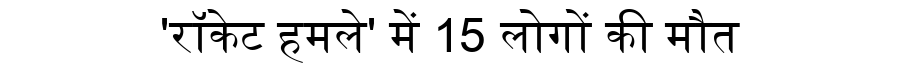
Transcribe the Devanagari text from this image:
'रॉकेट हमले' में 15 लोगों की मौत